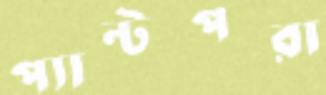
প্যান্টপরা